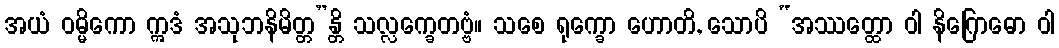
အယံ ဝမ္မိကော ဣဒံ အသုဘနိမိတ္တ”န္တိ သလ္လက္ခေတဗ္ဗံ။ သစေ ရုက္ခော ဟောတိ, သောပိ “အဿတ္ထော ဝါ နိဂြောဓော ဝါ